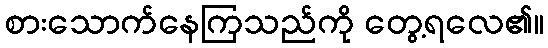
စားသောက်နေကြသည်ကို တွေ့ရလေ၏။